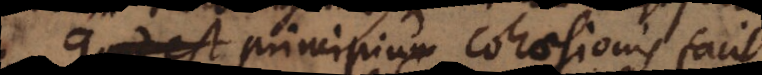
Quod est Principium cohaesionis facit,